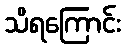
သိရကြောင်း